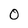
Character: 0